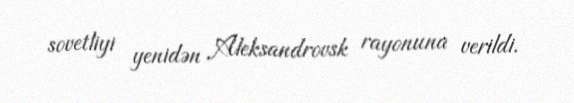
sovetliyi yenidən Aleksandrovsk rayonuna verildi.